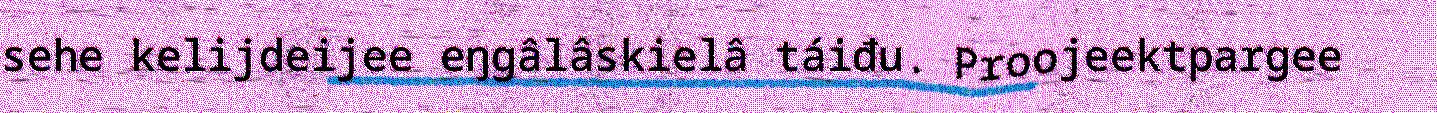
sehe kelijdeijee eŋgâlâskielâ táiđu. Proojeektpargee